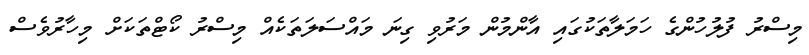
މިސްރު ފުލުހުންގެ ހަމަލާތަކުގައި އާންމުން މަރުވި ގިނަ މައްސަލަތަކެއް މިސްރު ކޯޓްތަކަށް މިހާރުވެސް